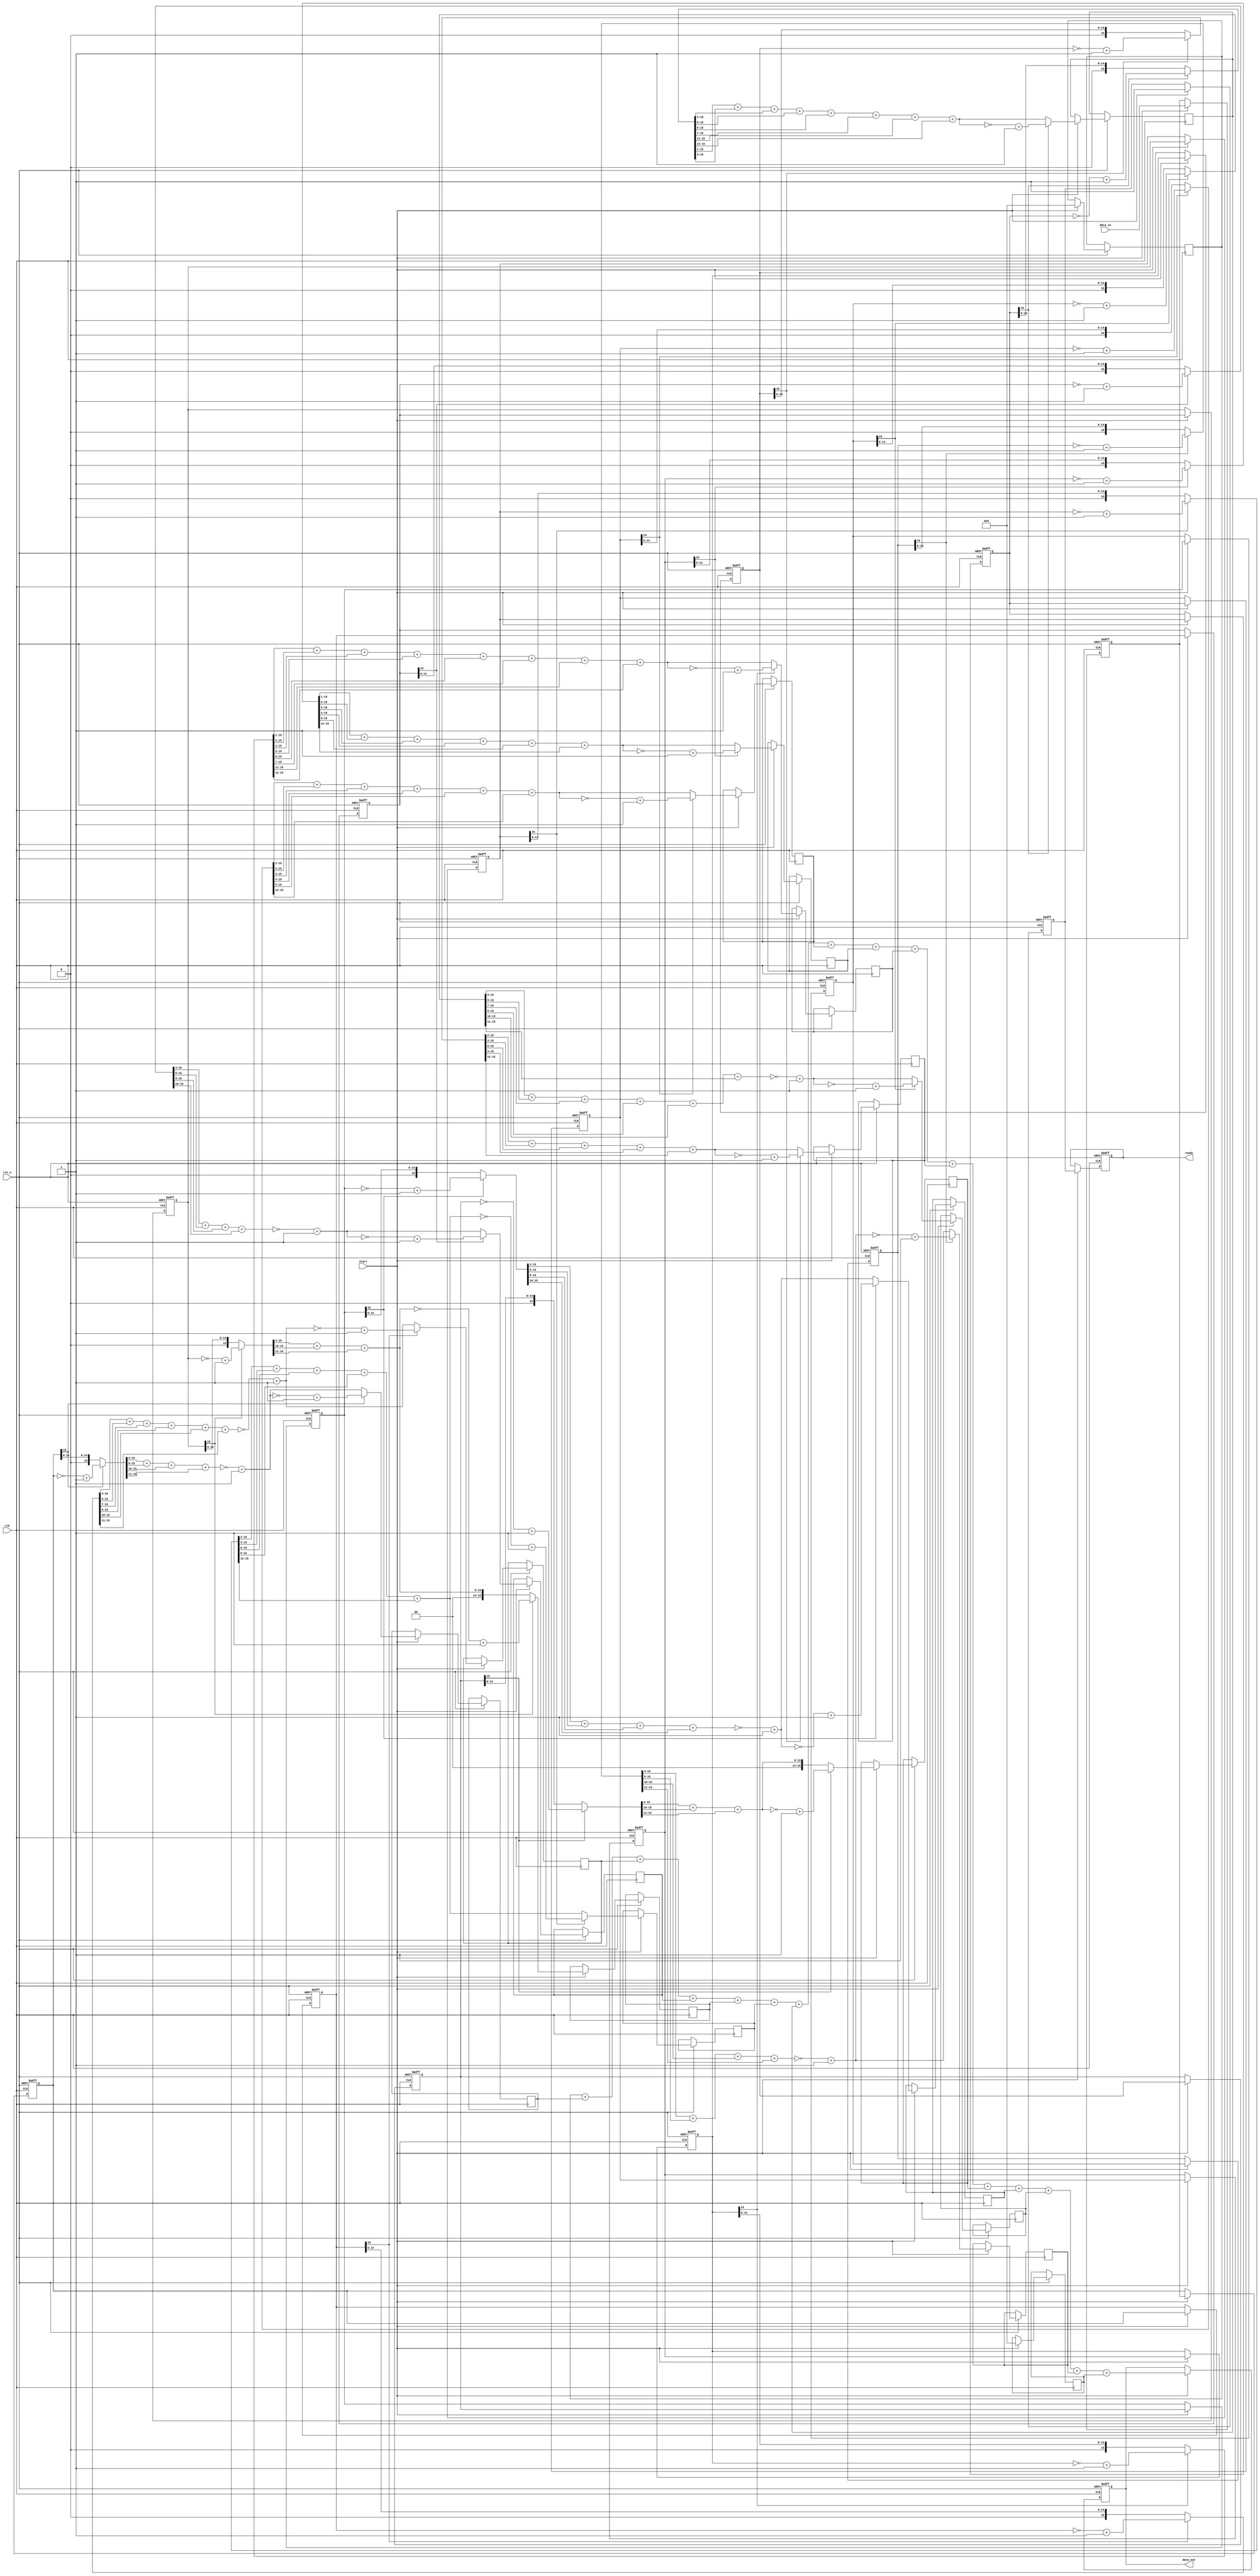
module raised_cosin_filter 
#(
	parameter 	width_data =	16,
	parameter 	No_reg	=		16
)
(
	input						clk,	
	input						rst_n,	
	input						start,	
	input	[width_data-1:0]	data_in	,			
	output	reg	[width_data-1:0]	data_out,	
	output	reg					ready	

);
	reg 	[width_data-1:0]	shift_reg	[No_reg-1:0];
	reg	ready_inv_delay;
	
	reg [width_data-1:0] data_out_0_temp   ;
	reg [width_data-1:0] data_out_1_temp   ;
	reg [width_data-1:0] data_out_2_temp   ;
	reg [width_data-1:0] data_out_3_temp   ;
	reg [width_data-1:0] data_out_4_temp   ;
	reg [width_data-1:0] data_out_5_temp   ;
	reg [width_data-1:0] data_out_6_temp   ;
	reg [width_data-1:0] data_out_7_temp   ;
	reg [width_data-1:0] data_out_8_temp   ;
	reg [width_data-1:0] data_out_9_temp   ;
	reg [width_data-1:0] data_out_10_temp   ;
	reg [width_data-1:0] data_out_11_temp   ;
	reg [width_data-1:0] data_out_12_temp   ;
	reg [width_data-1:0] data_out_13_temp   ;
	reg [width_data-1:0] data_out_14_temp   ;
	reg [width_data-1:0] data_out_15_temp   ;
	
	wire	[width_data-1:0]	data_in_temp;
	wire [width_data-1:0] data_out_0    ;
	wire [width_data-1:0] data_out_1    ;
	wire [width_data-1:0] data_out_2    ;
	wire [width_data-1:0] data_out_3    ;
	wire [width_data-1:0] data_out_4    ;
	wire [width_data-1:0] data_out_5    ;
	wire [width_data-1:0] data_out_6    ;
	wire [width_data-1:0] data_out_7    ;
	wire [width_data-1:0] data_out_8    ;
	wire [width_data-1:0] data_out_9    ;
	wire [width_data-1:0] data_out_10   ;
	wire [width_data-1:0] data_out_11   ;
	wire [width_data-1:0] data_out_12   ;
	wire [width_data-1:0] data_out_13   ;
	wire [width_data-1:0] data_out_14   ;
	wire [width_data-1:0] data_out_15   ;
	
	wire [width_data-1:0] shift_reg_0    ;
	wire [width_data-1:0] shift_reg_1    ;
	wire [width_data-1:0] shift_reg_2    ;
	wire [width_data-1:0] shift_reg_3    ;
	wire [width_data-1:0] shift_reg_4    ;
	wire [width_data-1:0] shift_reg_5    ;
	wire [width_data-1:0] shift_reg_6    ;
	wire [width_data-1:0] shift_reg_7    ;
	wire [width_data-1:0] shift_reg_8    ;
	wire [width_data-1:0] shift_reg_9    ;
	wire [width_data-1:0] shift_reg_10   ;
	wire [width_data-1:0] shift_reg_11   ;
	wire [width_data-1:0] shift_reg_12   ;
	wire [width_data-1:0] shift_reg_13   ;
	wire [width_data-1:0] shift_reg_14   ;
	wire [width_data-1:0] shift_reg_15   ;
	

	
	assign shift_reg_0 = shift_reg[0 ][15]? (~(shift_reg[0 ])+16'b1):shift_reg[0 ];
	assign shift_reg_1 = shift_reg[1 ][15]? (~(shift_reg[1 ])+16'b1):shift_reg[1 ];
	assign shift_reg_2 = shift_reg[2 ][15]? (~(shift_reg[2 ])+16'b1):shift_reg[2 ];
	assign shift_reg_3 = shift_reg[3 ][15]? (~(shift_reg[3 ])+16'b1):shift_reg[3 ];
	assign shift_reg_4 = shift_reg[4 ][15]? (~(shift_reg[4 ])+16'b1):shift_reg[4 ];
	assign shift_reg_5 = shift_reg[5 ][15]? (~(shift_reg[5 ])+16'b1):shift_reg[5 ];
	assign shift_reg_6 = shift_reg[6 ][15]? (~(shift_reg[6 ])+16'b1):shift_reg[6 ];
	assign shift_reg_7 = shift_reg[7 ][15]? (~(shift_reg[7 ])+16'b1):shift_reg[7 ];
	assign shift_reg_8 = shift_reg[8 ][15]? (~(shift_reg[8 ])+16'b1):shift_reg[8 ];
	assign shift_reg_9 = shift_reg[9 ][15]? (~(shift_reg[9 ])+16'b1):shift_reg[9 ];
	assign shift_reg_10= shift_reg[10][15]? (~(shift_reg[10])+16'b1):shift_reg[10];
	assign shift_reg_11= shift_reg[11][15]? (~(shift_reg[11])+16'b1):shift_reg[11];
	assign shift_reg_12= shift_reg[12][15]? (~(shift_reg[12])+16'b1):shift_reg[12];
	assign shift_reg_13= shift_reg[13][15]? (~(shift_reg[13])+16'b1):shift_reg[13];
	assign shift_reg_14= shift_reg[14][15]? (~(shift_reg[14])+16'b1):shift_reg[14];
	assign shift_reg_15= shift_reg[15][15]? (~(shift_reg[15])+16'b1):shift_reg[15];

	assign	data_in_temp	= (start)?data_in:0;
	
	assign data_out_0  = 0;
	assign data_out_1  = ~((shift_reg_1>>>4)+(shift_reg_1>>>5)+(shift_reg_1>>>10)+(shift_reg_1>>>11))+16'b1; 
	assign data_out_2  = ~((shift_reg_2>>>3)+(shift_reg_2>>>5)+(shift_reg_2>>>7) +(shift_reg_2>>>9)+(shift_reg_2>>>10)+(shift_reg_2>>>11))+16'b1; 
	assign data_out_3  = ~((shift_reg_3>>>3)+(shift_reg_3>>>8)+(shift_reg_3>>>9) +(shift_reg_3>>>10))+16'b1; 
	assign data_out_4  = (shift_reg_4>>>4)+(shift_reg_4>>>10)+(shift_reg_4>>>11);                      
	assign data_out_5  = (shift_reg_5>>>2)+(shift_reg_5>>>3)+(shift_reg_5>>>6) +(shift_reg_5>>>9) +(shift_reg_5>>>12);
	assign data_out_6  = (shift_reg_6>>>1)+(shift_reg_6>>>3)+(shift_reg_6>>>4) +(shift_reg_6>>>5) +(shift_reg_6>>>6)+(shift_reg_6>>>7) +(shift_reg_6>>>11)+(shift_reg_6>>>12); 
	assign data_out_7  = (shift_reg_7>>>1)+(shift_reg_7>>>2)+(shift_reg_7>>>3)+(shift_reg_7>>>4)+(shift_reg_7>>>5)+(shift_reg_7>>>12); 
	assign data_out_8  = (shift_reg_8>>>1)+(shift_reg_8>>>2)+(shift_reg_8>>>3)+(shift_reg_8>>>4)+(shift_reg_8>>>5)+(shift_reg_8>>>12);                                 
	assign data_out_9  = (shift_reg_9>>>1)+(shift_reg_9>>>3)+(shift_reg_9>>>4) +(shift_reg_9>>>5) +(shift_reg_9>>>6)+(shift_reg_9>>>7) +(shift_reg_9>>>11)+(shift_reg_9>>>12);
	assign data_out_10 = (shift_reg_10>>>2)+(shift_reg_10>>>3)+(shift_reg_10>>>6) +(shift_reg_10>>>9) +(shift_reg_10>>>12);
	assign data_out_11 = (shift_reg_11>>>4)+(shift_reg_11>>>10)+(shift_reg_11>>>11);  
	assign data_out_12 = ~((shift_reg_12>>>3)+(shift_reg_12>>>8)+(shift_reg_12>>>9) +(shift_reg_12>>>10))+16'b1;                       
	assign data_out_13 = ~((shift_reg_13>>>3)+(shift_reg_13>>>5)+(shift_reg_13>>>7) +(shift_reg_13>>>9)+(shift_reg_13>>>10)+(shift_reg_13>>>11))+16'b1; 
	assign data_out_14 = ~((shift_reg_14>>>4)+(shift_reg_14>>>5)+(shift_reg_14>>>10)+(shift_reg_14>>>11))+16'b1; 
	assign data_out_15 = 0;
	
	always @ (posedge clk or negedge rst_n) begin
		if(!rst_n) begin
			shift_reg[0 ] <=0;
			shift_reg[1 ] <=0;
			shift_reg[2 ] <=0;
			shift_reg[3 ] <=0;
			shift_reg[4 ] <=0;
			shift_reg[5 ] <=0;
			shift_reg[6 ] <=0;
			shift_reg[7 ] <=0;
			shift_reg[8 ] <=0;
			shift_reg[9 ] <=0;
			shift_reg[10] <=0;
			shift_reg[11] <=0;
			shift_reg[12] <=0;
			shift_reg[13] <=0;
			shift_reg[14] <=0;
			shift_reg[15] <=0;
			ready_inv_delay<=0;
			ready<=0;
			data_out<=0;
		end
		else if(start) begin
			//shift_reg[No_reg-1:0]	<= {data_in_temp,shift_reg[No_reg-1:1]};
			shift_reg[0 ] <=data_in_temp;
			shift_reg[1 ] <=shift_reg[0 ];
			shift_reg[2 ] <=shift_reg[1 ];
			shift_reg[3 ] <=shift_reg[2 ];
			shift_reg[4 ] <=shift_reg[3 ];
			shift_reg[5 ] <=shift_reg[4 ];
			shift_reg[6 ] <=shift_reg[5 ];
			shift_reg[7 ] <=shift_reg[6 ];
			shift_reg[8 ] <=shift_reg[7 ];
			shift_reg[9 ] <=shift_reg[8 ];
			shift_reg[10] <=shift_reg[9 ];
			shift_reg[11] <=shift_reg[10];
			shift_reg[12] <=shift_reg[11];
			shift_reg[13] <=shift_reg[12];
			shift_reg[14] <=shift_reg[13];
			shift_reg[15] <=shift_reg[14];
			

			
			if(!shift_reg[0][15] )begin
				data_out_0_temp <=data_out_0 ;
			end	
			else begin	
				data_out_0_temp<=~(data_out_0)+16'b1;	
			end					
			if(!shift_reg[1][15] )begin
			    data_out_1_temp <=data_out_1 ;
			end	
			else begin	
				data_out_1_temp<=~(data_out_1)+16'b1;	
			end					
			if(!shift_reg[2][15] )begin
			    data_out_2_temp <=data_out_2 ;
			end			
			else begin	
				data_out_2_temp<=~(data_out_2)+16'b1;	
			end					
			if(!shift_reg[3][15] )begin
			    data_out_3_temp <=data_out_3 ;
			end	
			else begin	
				data_out_3_temp<=~(data_out_3)+16'b1;	
			end					
			if(!shift_reg[4][15] )begin
			    data_out_4_temp <=data_out_4 ;
			end	
			else begin	
				data_out_4_temp<=~(data_out_4)+16'b1;	
			end	
			if(!shift_reg[5][15] )begin
			    data_out_5_temp <=data_out_5 ;
			end	
			else begin	
				data_out_5_temp<=~(data_out_5)+16'b1;	
			end	
			if(!shift_reg[6][15] )begin
			    data_out_6_temp <=data_out_6 ;
			end	
			else begin	
				data_out_6_temp<=~(data_out_6)+16'b1;	
			end	
			if(!shift_reg[7][15] )begin
			    data_out_7_temp <=data_out_7 ;
			end	
			else begin	
				data_out_7_temp<=~(data_out_7)+16'b1;	
			end	
			if(!shift_reg[8][15] )begin
			    data_out_8_temp <=data_out_8 ;
			end	
			else begin	
				data_out_8_temp<=~(data_out_8)+16'b1;	
			end	
			if(!shift_reg[9][15] )begin
			    data_out_9_temp <=data_out_9 ;
			end	
			else begin	
				data_out_9_temp<=~(data_out_9)+16'b1;	
			end	
			if(!shift_reg[10][15])begin
			    data_out_10_temp<=data_out_10;
			end	
			else begin	
				data_out_10_temp<=~(data_out_10)+16'b1;	
			end	
			if(!shift_reg[11][15])begin
			    data_out_11_temp<=data_out_11;
			end	
			else begin	
				data_out_11_temp<=~(data_out_11)+16'b1;	
			end	
			if(!shift_reg[12][15])begin
			    data_out_12_temp<=data_out_12;
			end	
			else begin	
				data_out_12_temp<=~(data_out_12)+16'b1;	
			end	
			if(!shift_reg[13][15])begin
			    data_out_13_temp<=data_out_13;
			end	
			else begin	
				data_out_13_temp<=~(data_out_13)+16'b1;	
			end	
			if(!shift_reg[14][15])begin
			    data_out_14_temp<=data_out_14;
			end	
			else begin	
				data_out_14_temp<=~(data_out_14)+16'b1;	
			end	
			if(!shift_reg[15][15])begin
			    data_out_15_temp<=data_out_15;
			end	
			else begin	
				data_out_15_temp<=~(data_out_15)+16'b1;	
			end	

			data_out	<=	data_out_0_temp +data_out_1_temp +data_out_2_temp +data_out_3_temp +data_out_4_temp +data_out_5_temp +data_out_6_temp +data_out_7_temp +data_out_8_temp +data_out_9_temp +data_out_10_temp +data_out_11_temp +data_out_12_temp +data_out_13_temp +data_out_14_temp +data_out_15_temp;
			ready							<=ready_inv_delay;
			ready_inv_delay			<=1;
		end
	end
	
endmodule